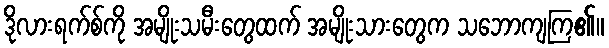
ဒိုလားရက်စ်ကို အမျိုးသမီးတွေထက် အမျိုးသားတွေက သဘောကျကြ၏။